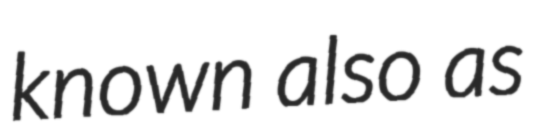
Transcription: known also as